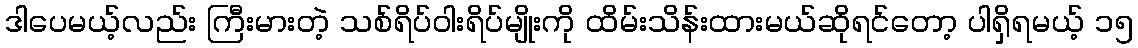
ဒါပေမယ့်လည်း ကြီးမားတဲ့ သစ်ရိပ်ဝါးရိပ်မျိုးကို ထိမ်းသိန်းထားမယ်ဆိုရင်တော့ ပါရှိရမယ့် ၁၅